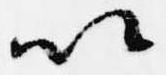
以